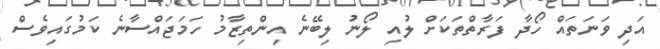
އަދި ވަނަތައް ހޯދާ ފަރާތްތަކަށް ލުއި ލޯނު ލިބޭނެ އިންތިޒާމު ހަމަޖައްސާނެ ކަމުގައިވެސް